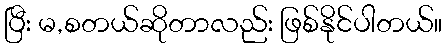
ပြီး မ,စတယ်ဆိုတာလည်း ဖြစ်နိုင်ပါတယ်။